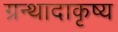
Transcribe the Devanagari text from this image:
ग्रन्थादाकृष्य